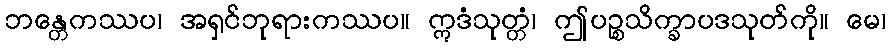
ဘန္တေကဿပ၊ အရှင်ဘုရားကဿပ။ ဣဒံသုတ္တံ၊ ဤပဉ္စသိက္ခာပဒသုတ်ကို။ မေ၊